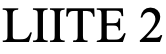
LIITE 2